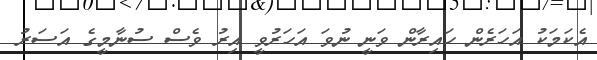
އެކަމަކު އަހަރެން ހައިރާން ވަނީ ނުވަ އަހަރުވީ އިރު ވެސް ސުނާމީގެ އަސަރު